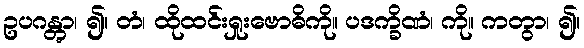
ဥပဂန္တွာ၊ ၍။ တံ၊ ထိုထင်းရှုးဗောဓိကို။ ပဒက္ခိဏံ၊ ကို။ ကတွာ၊ ၍။